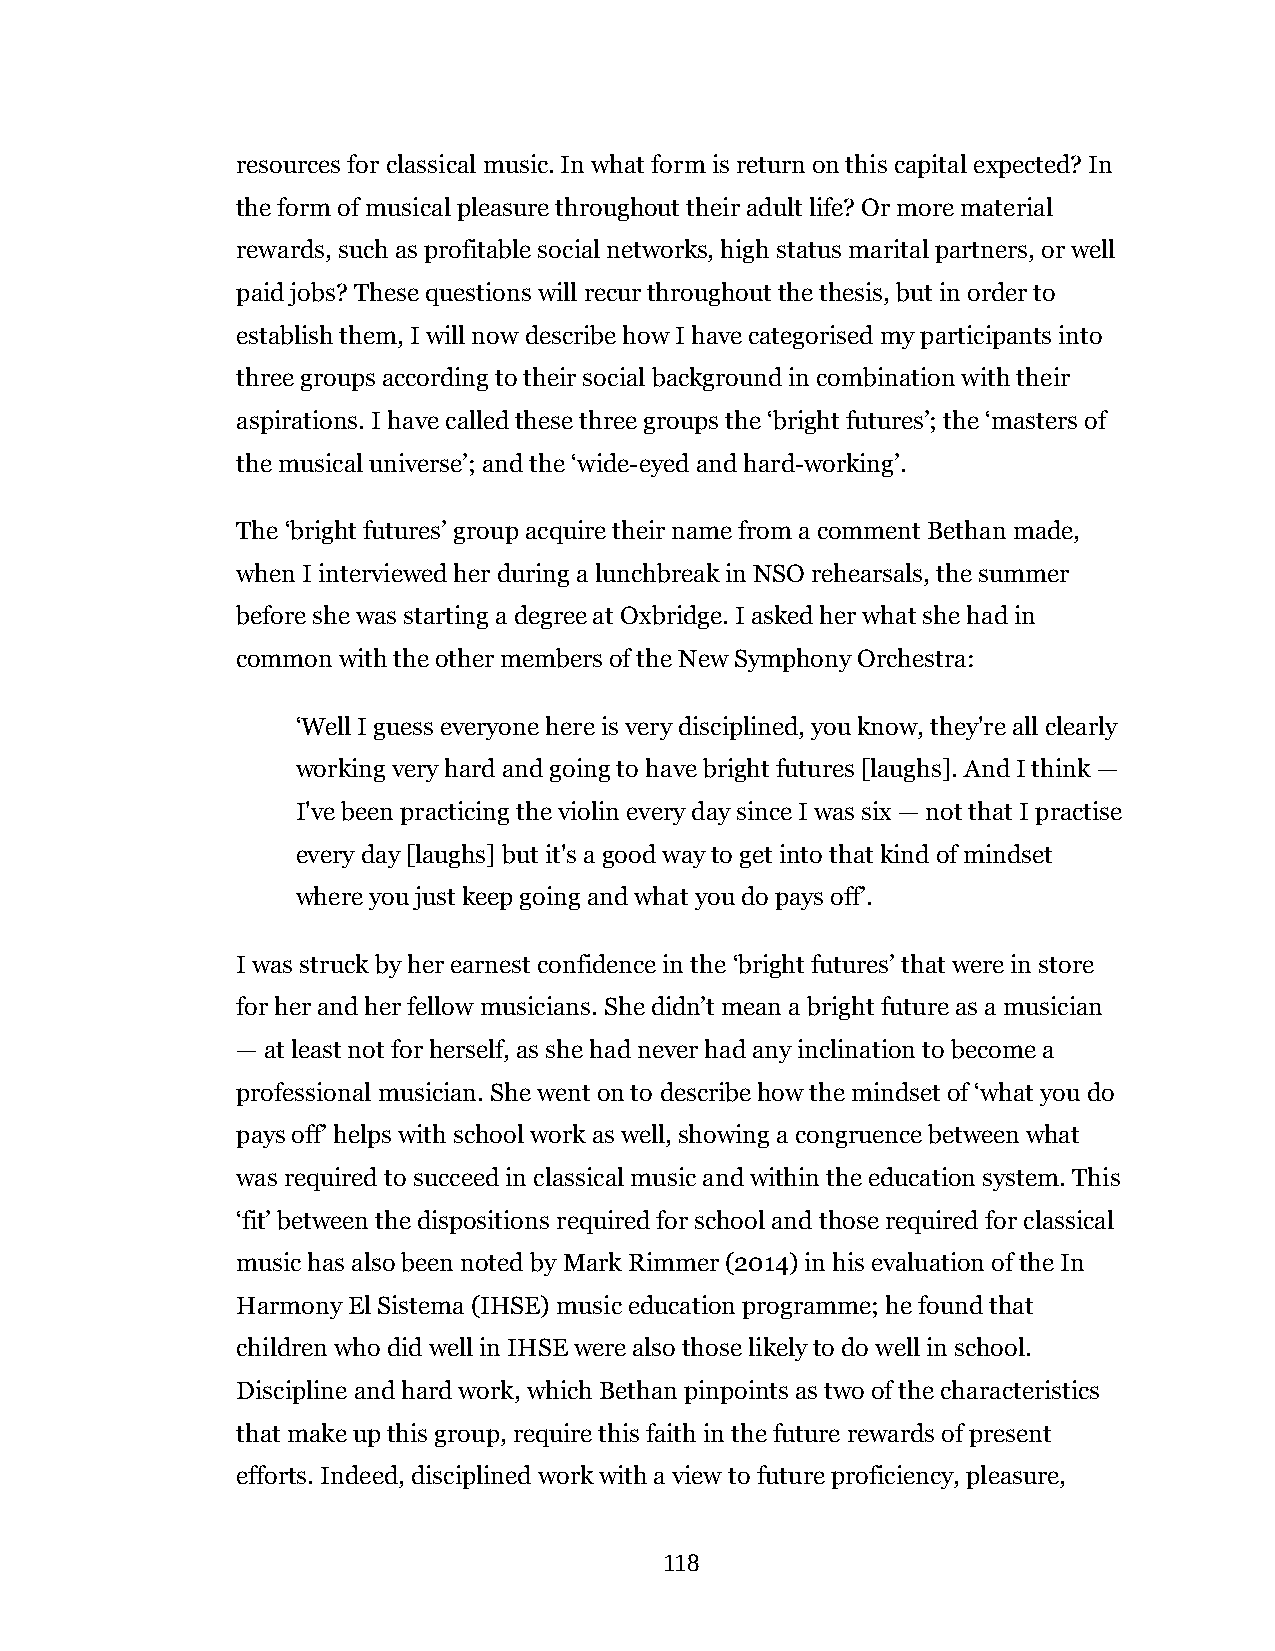
resources for classical music. In what form is return on this capital expected? In
 the form of musical pleasure throughout their adult life? Or more material
 rewards, such as profitable social networks, high status marital partners, or well
 paid jobs? These questions will recur throughout the thesis, but in order to
 establish them, I will now describe how I have categorised my participants into
 three groups according to their social background in combination with their
 aspirations. I have called these three groups the ‘bright futures’; the ‘masters of
 the musical universe’; and the ‘wide-eyed and hard-working’.
 The ‘bright futures’ group acquire their name from a comment Bethan made,
 when I interviewed her during a lunchbreak in NSO rehearsals, the summer
 before she was starting a degree at Oxbridge. I asked her what she had in
 common with the other members of the New Symphony Orchestra:
 ‘Well I guess everyone here is very disciplined, you know, they're all clearly
 working very hard and going to have bright futures [laughs]. And I think —
 I've been practicing the violin every day since I was six — not that I practise
 every day [laughs] but it's a good way to get into that kind of mindset
 where you just keep going and what you do pays off’.
 I was struck by her earnest confidence in the ‘bright futures’ that were in store
 for her and her fellow musicians. She didn’t mean a bright future as a musician
 — at least not for herself, as she had never had any inclination to become a
 professional musician. She went on to describe how the mindset of ‘what you do
 pays off’ helps with school work as well, showing a congruence between what
 was required to succeed in classical music and within the education system. This
 ‘fit’ between the dispositions required for school and those required for classical
 music has also been noted by Mark Rimmer (2014) in his evaluation of the In
 Harmony El Sistema (IHSE) music education programme; he found that
 children who did well in IHSE were also those likely to do well in school.
 Discipline and hard work, which Bethan pinpoints as two of the characteristics
 that make up this group, require this faith in the future rewards of present
 efforts. Indeed, disciplined work with a view to future proficiency, pleasure,
 118